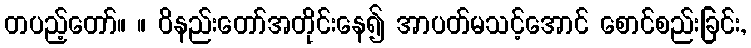
တပည့်တော်။ ။ ဝိနည်းတော်အတိုင်းနေ၍ အာပတ်မသင့်အောင် စောင်စည်းခြင်း,